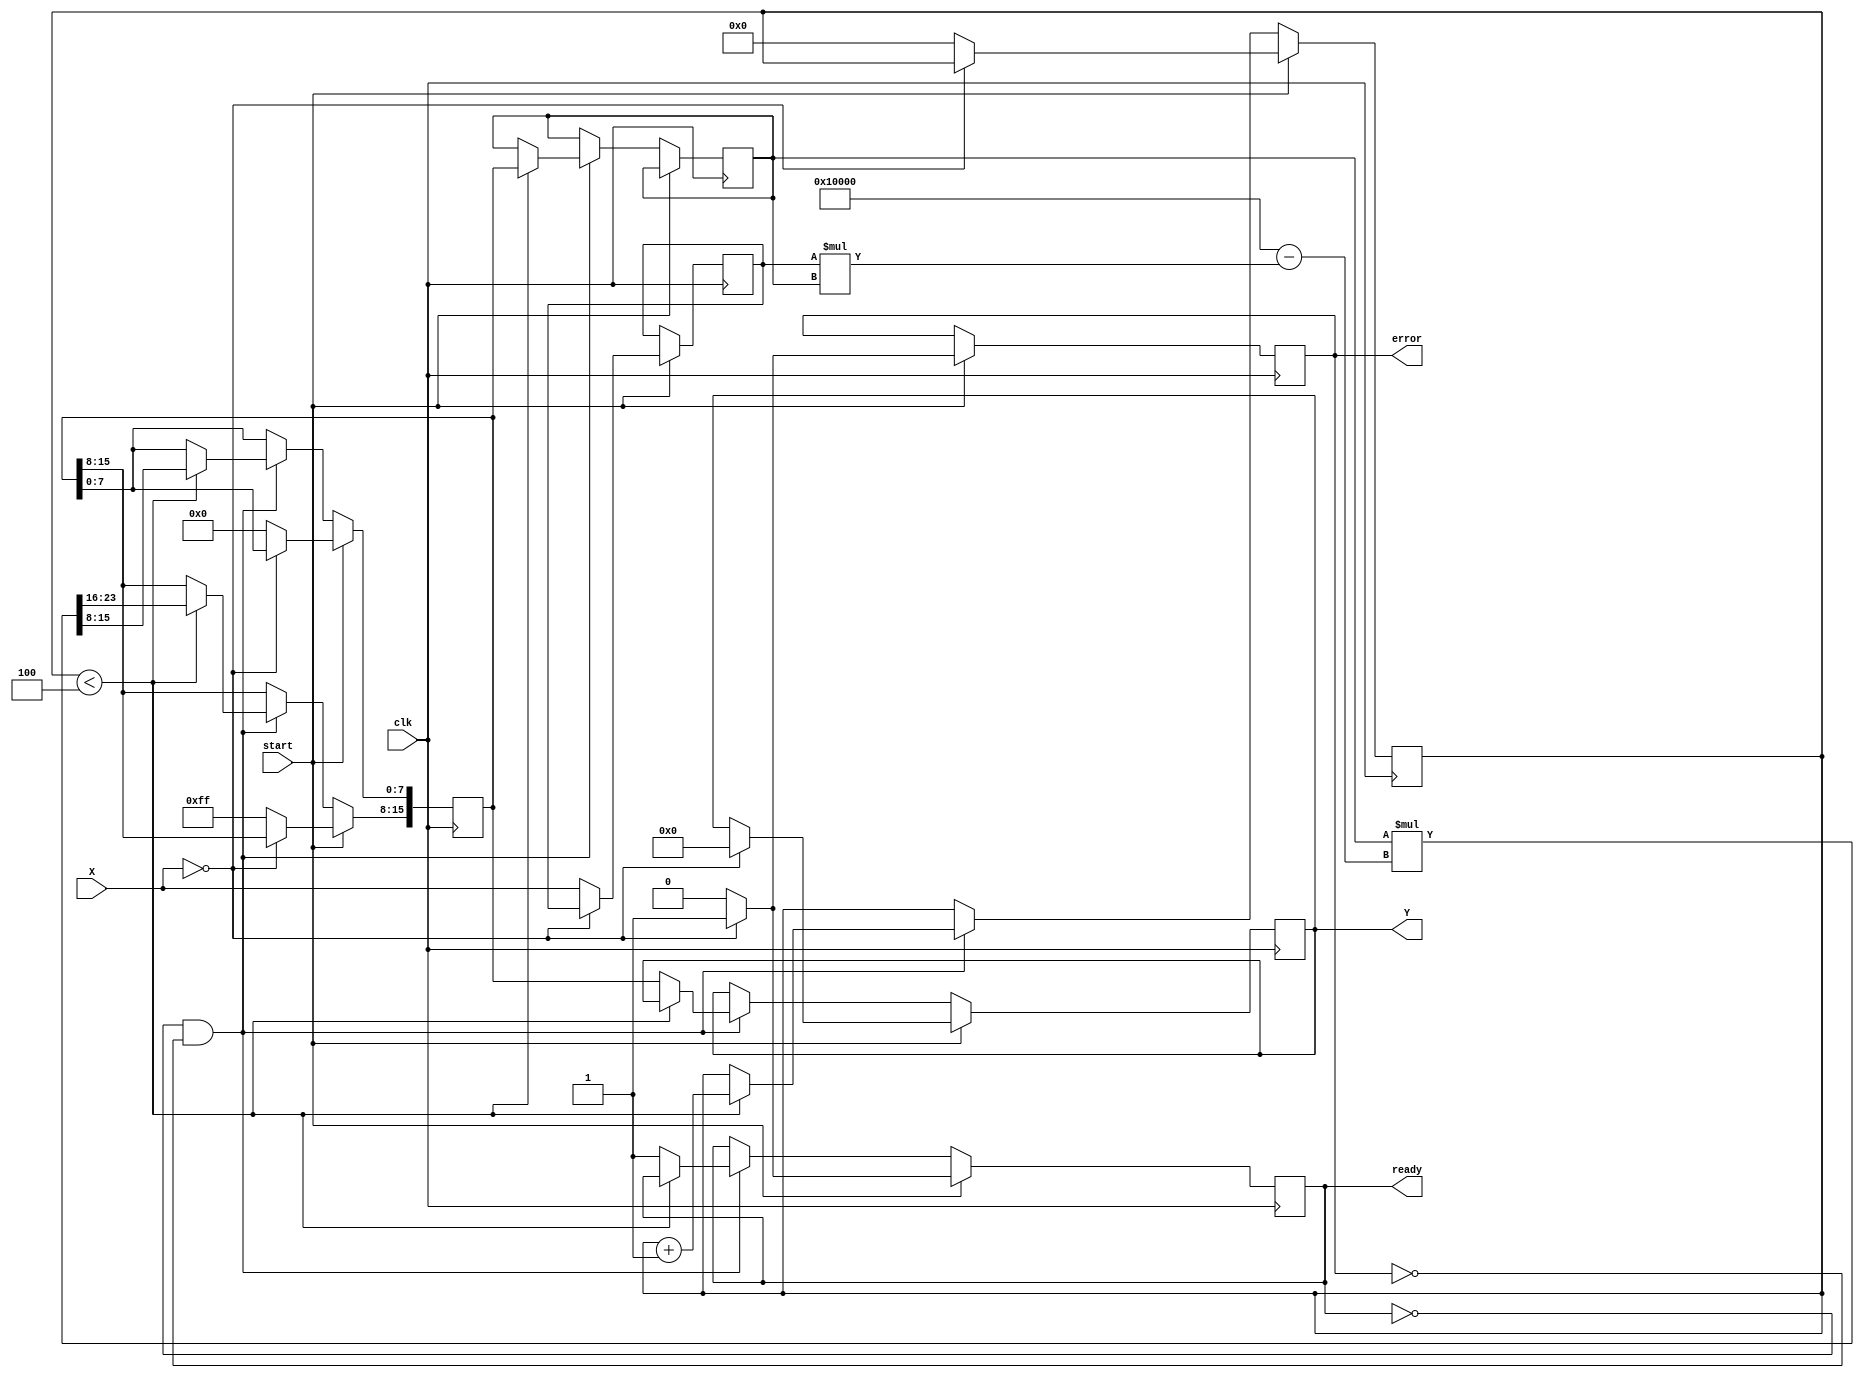
module fixed_point_reciprocal #(
    parameter N = 16,  // Input width
    parameter M = 16,  // Output width
    parameter FRAC_BITS = 8 // Number of fractional bits
)(
    input  wire                     clk,
    input  wire                     start,
    input  wire [N-1:0]            X,       // Fixed-point input
    output reg                      ready,
    output reg [M-1:0]             Y,       // Fixed-point output
    output reg                      error     // Error signal
);

// Internal signals
reg [N-1:0] x_reg;
reg [M-1:0] reciprocal;
reg [3:0] iteration; // Iteration counter
reg [M-1:0] temp;

// Initializations
initial begin
    ready = 0;
    error = 0;
    iteration = 0;
end

// Reciprocal computation
always @(posedge clk) begin
    if (start) begin
        // Check for division by zero
        if (X == 0) begin
            error <= 1;  // Set error signal
            Y <= {M{1'b0}}; // Optionally set output to zero
            ready <= 1; // Indicate ready even in case of error
        end else begin
            error <= 0;  // Clear error signal
            x_reg <= X;
            reciprocal <= {M{1'b0}}; // Initial guess
            reciprocal[M-1:M-FRAC_BITS] <= {FRAC_BITS{1'b1}}; // Initial guess (1.0)
            iteration <= 0; // Reset iteration count
            ready <= 0; // Reset ready signal
        end
    end else if (!ready && !error) begin
        if (iteration < 4) begin // Fixed number of iterations
            // Newton-Raphson: x[n+1] = x[n] * (2 - X * x[n])
            temp <= reciprocal;
            reciprocal <= temp * (2**M - x_reg * temp) >> FRAC_BITS; // Scaling
            iteration <= iteration + 1;
        end else begin
            Y <= reciprocal; // Result after last iteration
            ready <= 1; // Signal that computation is complete
        end
    end
end

endmodule